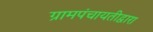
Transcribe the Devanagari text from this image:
ग्रामपंचायतीद्वारा